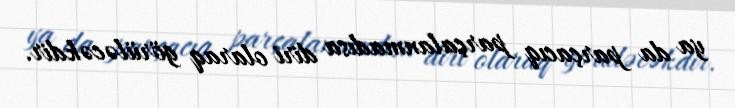
ya da parçacıq parçalanmadısa diri olaraq görüləcəkdir.